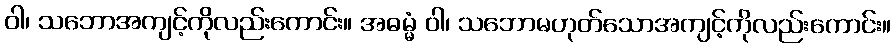
ဝါ၊ သဘောအကျင့်ကိုလည်းကောင်း။ အဓမ္မံ ဝါ၊ သဘောမဟုတ်သောအကျင့်ကိုလည်းကောင်း။